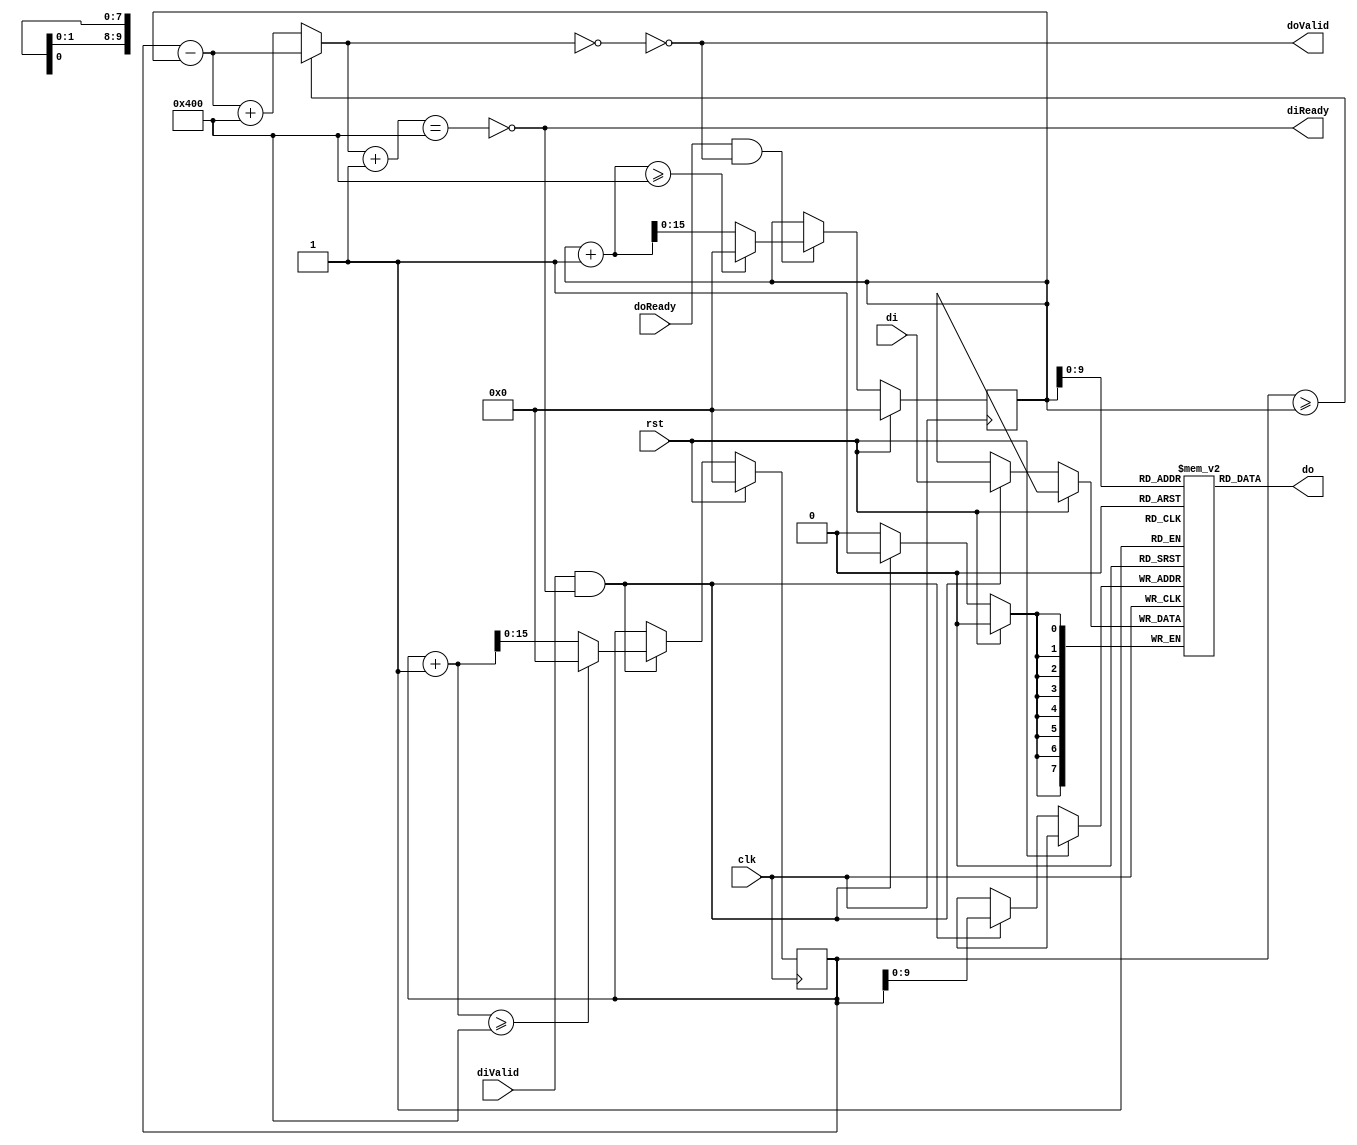
/* Since we may generate characters faster than we can
 * send them over serial, CharFifo buffers them for us.
 */
module CharFifo(
    clk,
    rst,

    di,
    diValid,
    diReady,

    do,
    doValid,
    doReady
    );
    input clk, rst;

    input [7:0] di;
    input diValid;
    output diReady;

    output [7:0] do;
    output doValid;
    input doReady;


    parameter DEPTH = 1024;
    reg [7:0] fifo [DEPTH-1:0];

    reg [15:0] ra, wa;

    wire [15:0] size;
    wire full, empty;

    assign size = (wa>=ra) ? (wa-ra) : (wa-ra+DEPTH);

    assign full = size+1 == DEPTH;
    assign empty = size == 0;

    assign diReady = !full;
    assign doValid = !empty;

    assign do = fifo[ra];

    always @(posedge clk) begin
        if (rst) begin
            ra <= 0;
            wa <= 0;
        end
        else begin 
            if (diValid && diReady) begin
                fifo[wa] <= di;
                if (wa+1 >= DEPTH) wa <= 0;
                else               wa <= wa+1;
            end
            
            if (doReady && doValid) begin
                if (ra+1 >= DEPTH) ra <= 0;
                else               ra <= ra+1;
            end
        end
        
    end

endmodule